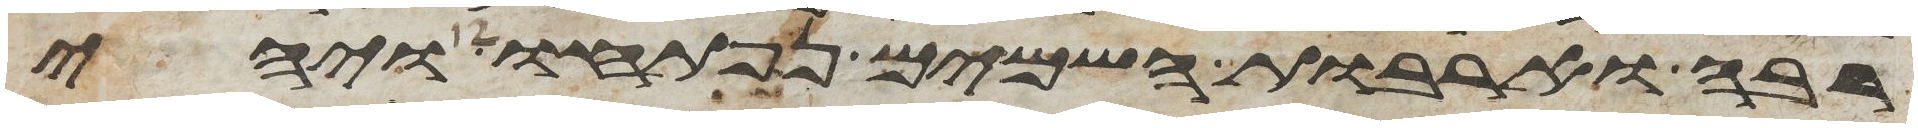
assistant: רבה וארבות השמים נפתחו ויהי